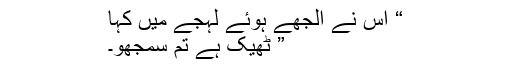
“ اس نے الجھے ہوئے لہجے میں کہا
” ٹھیک ہے تم سمجھو۔